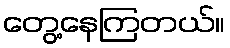
တွေ့နေကြတယ်။